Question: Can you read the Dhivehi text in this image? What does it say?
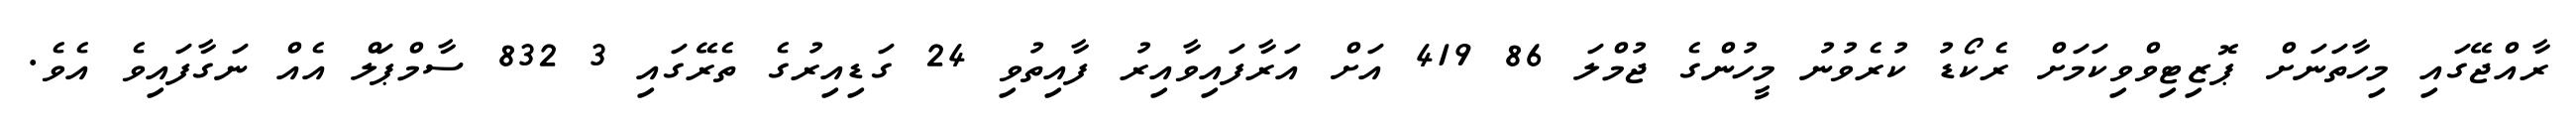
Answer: ރާއްޖޭގައި މިހާތަނަށް ޕޮޒިޓިވްވިކަމަށް ރެކޯޑު ކުރެވުނު މީހުންގެ ޖުމްލަ 86 419 އަށް އަރާފައިވާއިރު ފާއިތުވި 24 ގަޑިއިރުގެ ތެރޭގައި 3 832 ސާމްޕަލް އެއް ނަގާފައިވެ އެވެ.